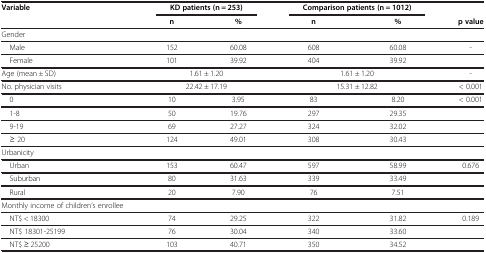
| Variable | <COLSPAN=2> KD patients (n = 253) | <COLSPAN=2> Comparison patients (n = 1012) |  |
 |  | n | % | n | % | p value |
 | --- | --- | --- | --- | --- | --- |
 | Gender |  |  |  |  |  |
 | Male | 152 | 60.08 | 608 | 60.08 | - |
 | Female | 101 | 39.92 | 404 | 39.92 |  |
 | Age (mean ± SD) | <COLSPAN=2> 1.61 ± 1.20 | <COLSPAN=2> 1.61 ± 1.20 | - |
 | No. physician visits | <COLSPAN=2> 22.42 ± 17.19 | <COLSPAN=2> 15.31 ± 12.82 | < 0.001 |
 | 0 | 10 | 3.95 | 83 | 8.20 | < 0.001 |
 | 1-8 | 50 | 19.76 | 297 | 29.35 |  |
 | 9-19 | 69 | 27.27 | 324 | 32.02 |  |
 | ≥ 20 | 124 | 49.01 | 308 | 30.43 |  |
 | Urbanicity |  |  |  |  |  |
 | Urban | 153 | 60.47 | 597 | 58.99 | 0.676 |
 | Suburban | 80 | 31.63 | 339 | 33.49 |  |
 | Rural | 20 | 7.90 | 76 | 7.51 |  |
 | Monthly income of children’s enrollee |  |  |  |  |  |
 | NT$ < 18300 | 74 | 29.25 | 322 | 31.82 | 0.189 |
 | NT$ 18301-25199 | 76 | 30.04 | 340 | 33.60 |  |
 | NT$ ≥ 25200 | 103 | 40.71 | 350 | 34.52 |  |